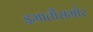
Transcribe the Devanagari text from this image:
इमार्तीसमोर